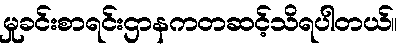
မှုခင်းစာရင်းဌာနကတဆင့်သိရပါတယ်။